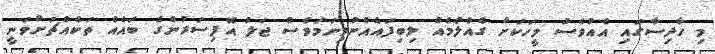
މި ހާދިސާގައި އެއްވެސް މީހަކަށް ގެއްލުމެއް ލިބިފައެއްނުވިނަމަވެސް ޖަލު އޮފިސަރުންގެ ބައެއް ތަކެއްޗަށްވަނީ